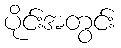
ပိုင်းအတွင်း